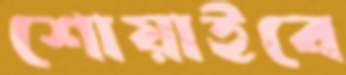
শোয়াইবে